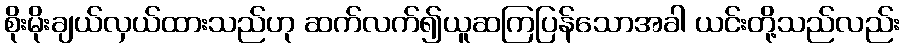
စိုးမိုးချယ်လှယ်ထားသည်ဟု ဆက်လက်၍ယူဆကြပြန်သောအခါ ယင်းတို့သည်လည်း